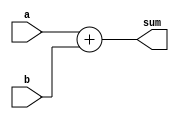
module adder(
    input [31:0] a,
    input [31:0] b,
    output [31:0] sum
    );
    reg [31:0] sum;
    always @(a or b)
        begin
            sum = a + b;
        end
endmodule